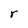
Character: r